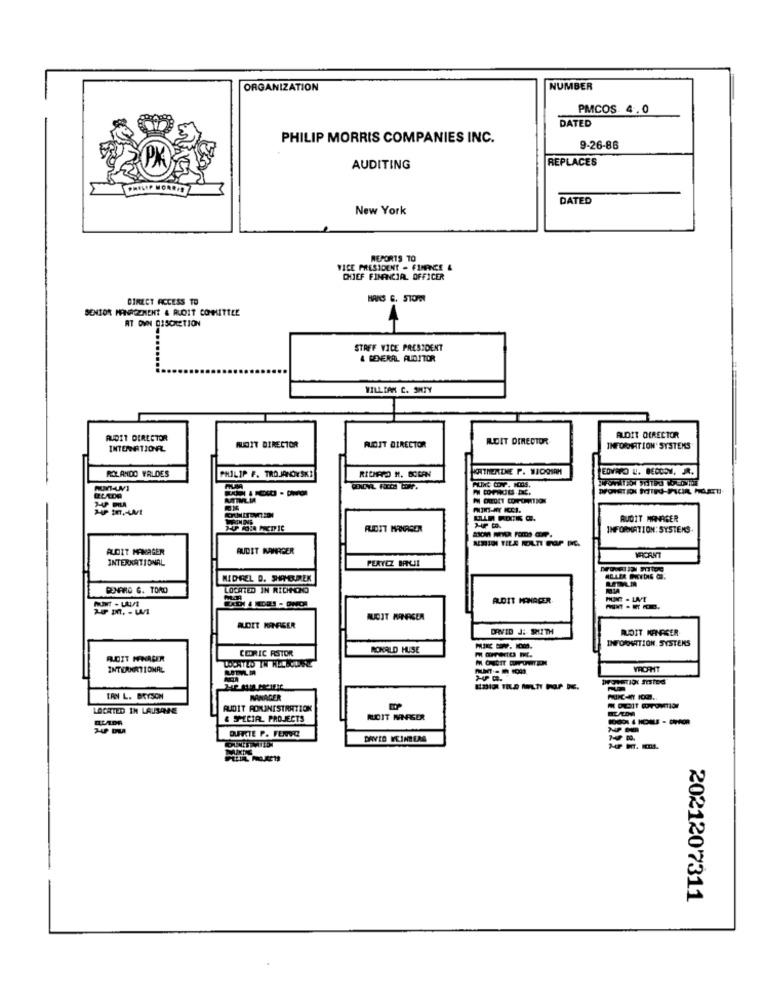
ORGANIZATION
NUMBER
PMCOS 4.0
DATED
PHILIP MORRIS COMPANIES INC.
9-26-86
REPLACES
AUDITING
DATED
New York
REPORTS TO
VICE PRESIDENT - FINANCE &
CHIEF FINANCIAL OFFICER
DIRECT ACCESS TO
HANS G. STOPW
SENIOR PANROZNENT & RLOIT COMMITTEE
AT OWN DISCRETION
4
STAFF VICE PRESIDENT
& GENERAL AUDITOR
WILLIAM C. SHTY
AUDIT DIRECTOR
RLOIT DIRECTOR
ALOIT DIRECTOR
AUDIT DIRECTOR
RIDIT DIRECTOR
INFORMATION' SYSTEMS
ROLANDO WRLDES
RICHARD H. BOCAN
KATHERINE P. WIDOSAM
EDVARD LL. BEDCOM, R.
PHILIP F. TROJANOWSKI
ASTIMLIA
PM CHEDET CORPORATION
RUGIT MANAGER
RIDIT MORGEN
INFORMATION: SYSTEMS
ALOIT MANAGER
AUDIT MANAGER
INTERNATIONAL
PERYEZ BRUI
WRICANT
MIDEEL D. SHAHBUREK
RENARD G. TORD
LOCATED IN RICHMOND
ALDIT MOHACER.
DRVID J: SHITH
RLOIT KENRGER
INFORMATION. SYSTERS
CEDRIC RSTOR
RONALD HUSE
ADIT HENALER
LOCATED IN HULLODARL
INTERNATIONAL
LATVL M
ERN L. BRYSON
MANAGER
LOCATED IN LAUSANNE
AUDIT POMINISTRATION
RULDA
& SPECIAL PROJECTS
RUCIT WWFGER
DURKCTE P. FENVIO
2021207311